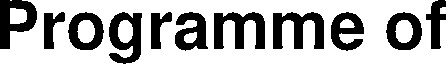
Programme of